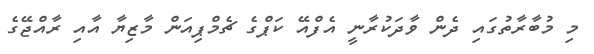
މި މުބާރާތުގައި ދެން ވާދަކުރާނީ އެފްއޭ ކަޕްގެ ޗެމްޕިއަން މާޒިޔާ އާއި ރާއްޖޭގެ